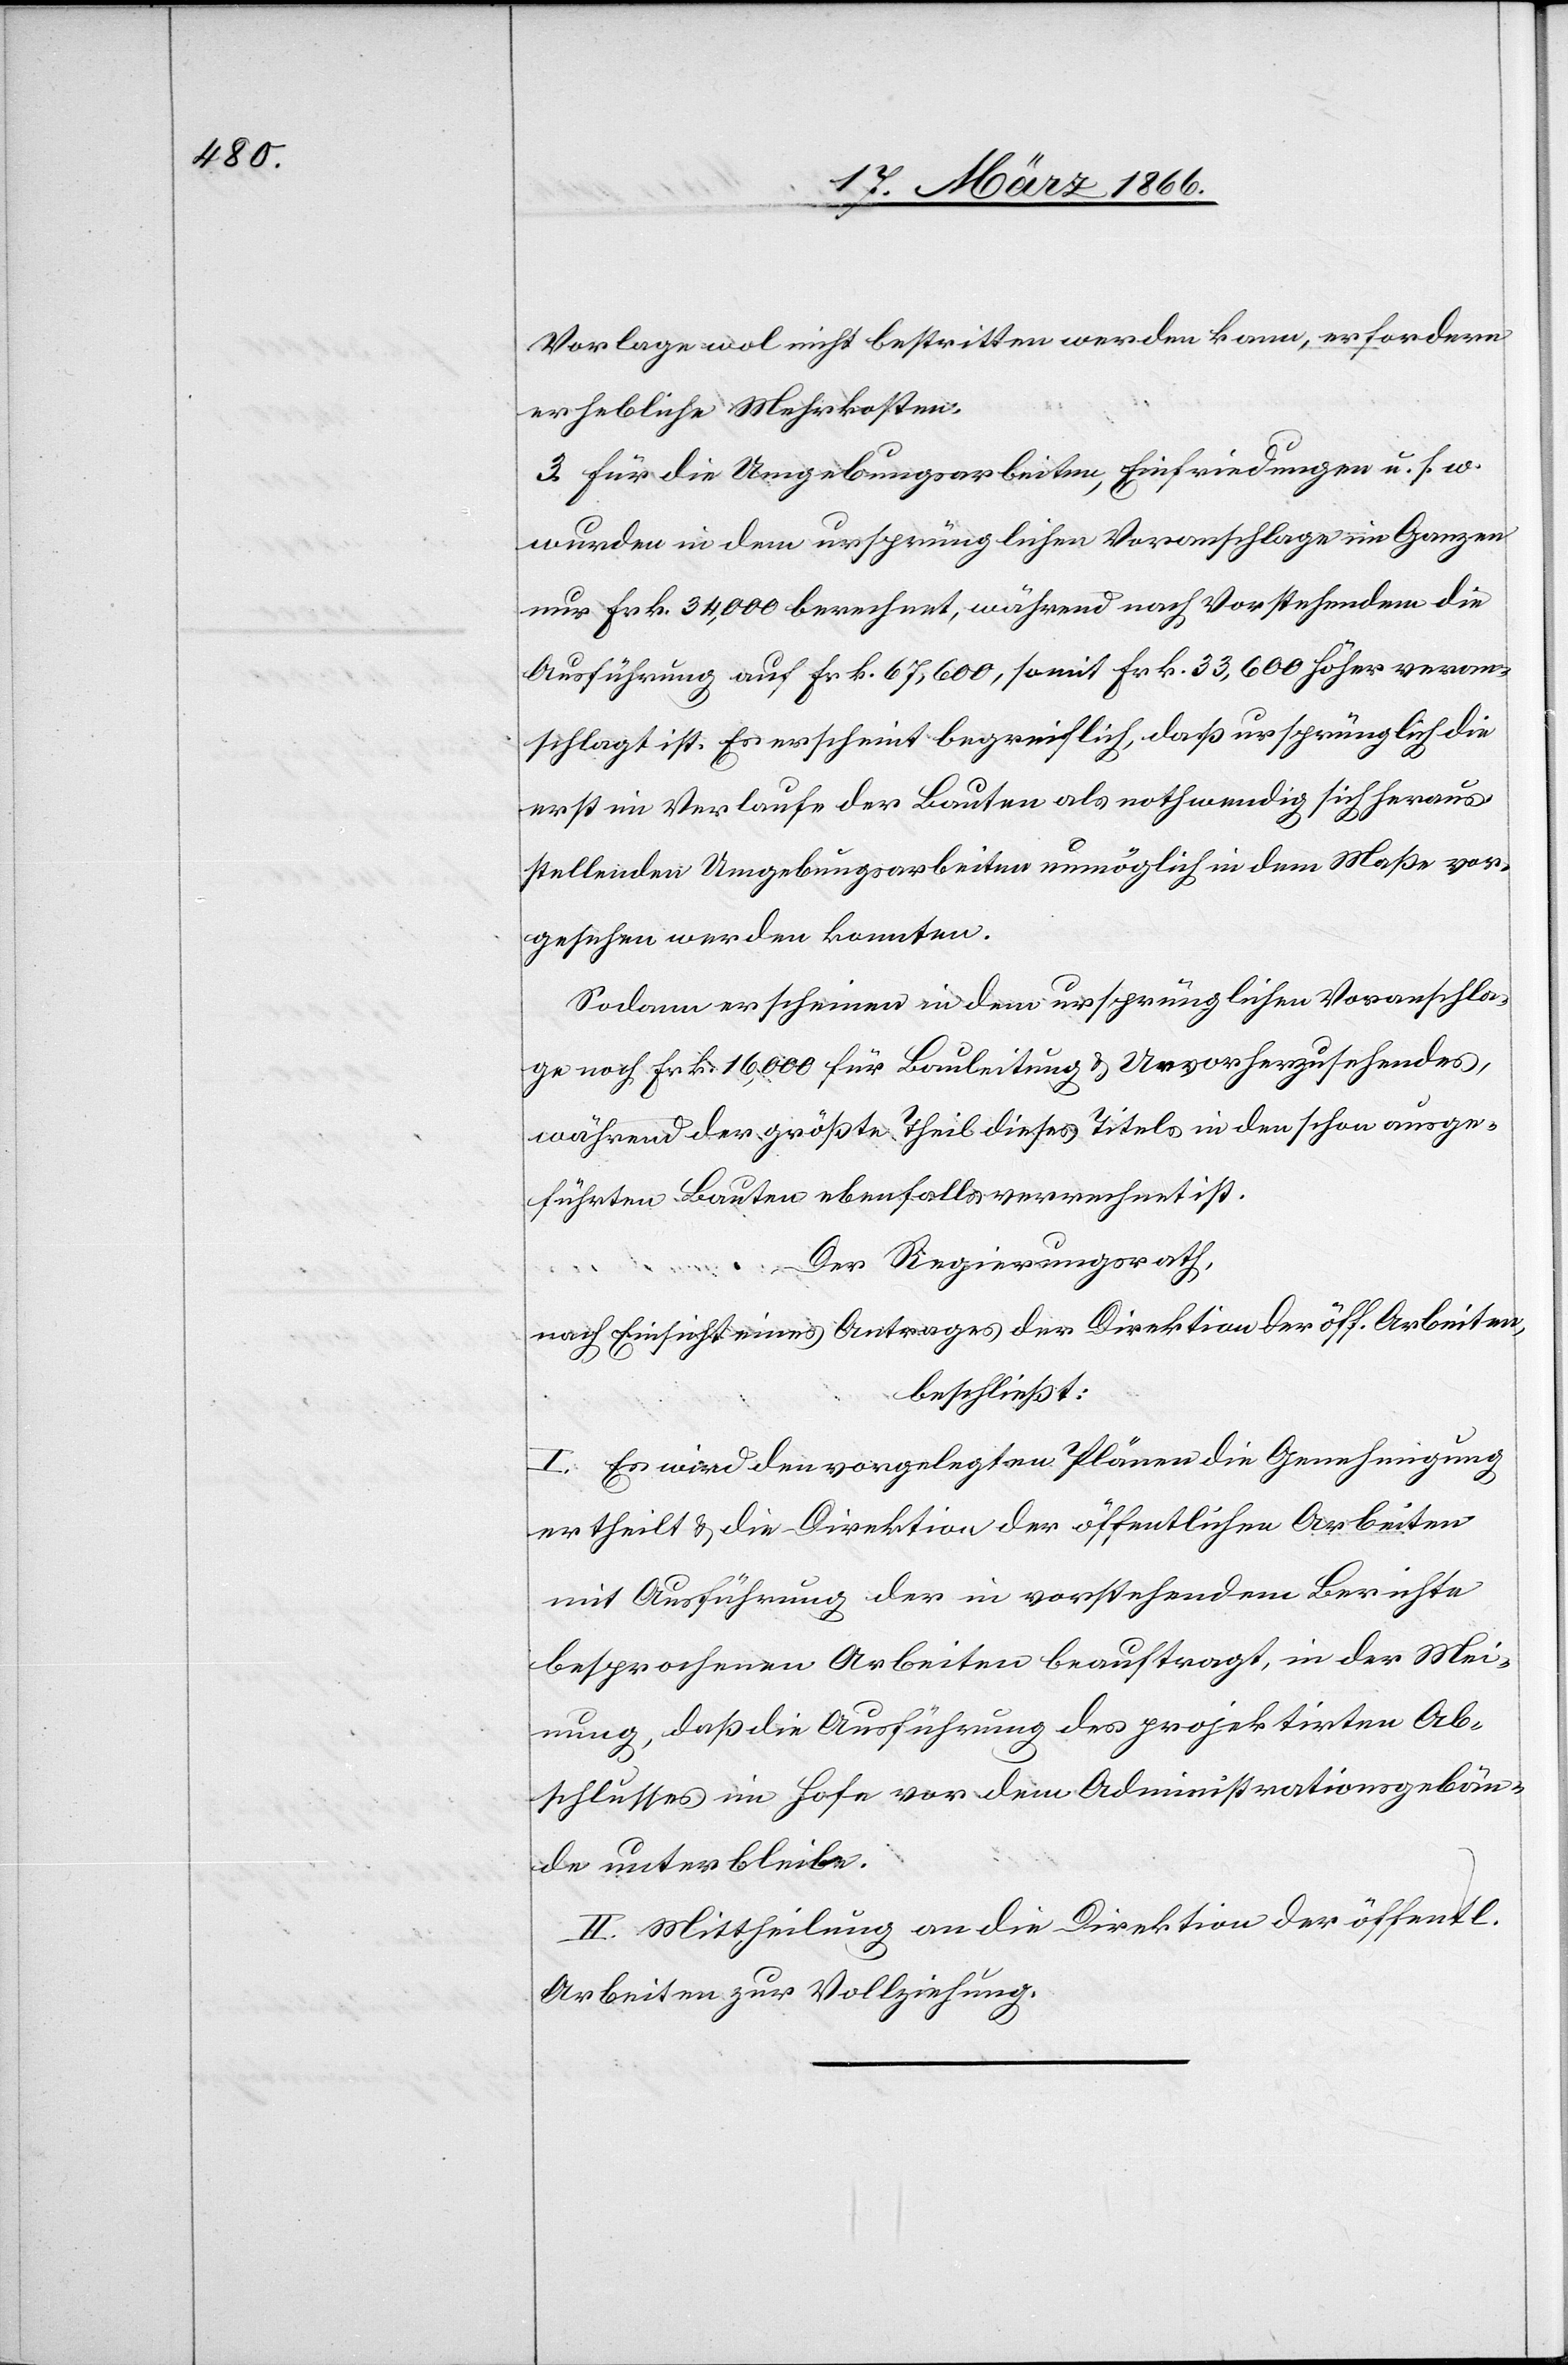
Vorlage wol nicht bestritten werden kann, erfordern
erhebliche Mehrkosten.
3. Für die Umgebungsarbeiten, Einfriedungen u. s. w.
wurden in dem ursprünglichen Voranschlage im Ganzen
nur Frk. 34 000 berechnet, während nach Vorstehendem die
Ausführung auf Frk. 67 600, somit Frk. 33 600 höher veran¬
schlagt ist. Es erscheint begreiflich, daß ursprünglich die
erst im Verlaufe der Bauten als nothwendig sich heraus¬
stellenden Umgebungsarbeiten unmöglich in dem Maße vor¬
gesehen werden konnten.
Sodann scheinen in dem ursprünglichen Voranschla¬
ge noch Frk. 16 000 für Bauleitung u. Unvorherzusehendes,
während der größte Theil dieses Titels in den schon ausge¬
führten Bauten ebenfalls verrechnet ist.
Der Regierungsrath,
nach Einsicht eines Antrages der Direktion der öff. Arbeiten,
beschließt:
I. Es wird den vorgelegtem Plänen die Genehmigung
ertheilt u. die Direktion der öffentlichen Arbeiten
mit Ausführung der in vorstehendem Berichte
besprochenen Arbeiten beauftragt, in der Mei¬
nung, daß die Ausführung des projektirten Ab¬
schlusses im Hofe vor dem Administrationsgebäu¬
de unter bleibe.
II. Mittheilung an die Direktion der öffentl.
Arbeiten zur Vollziehung.